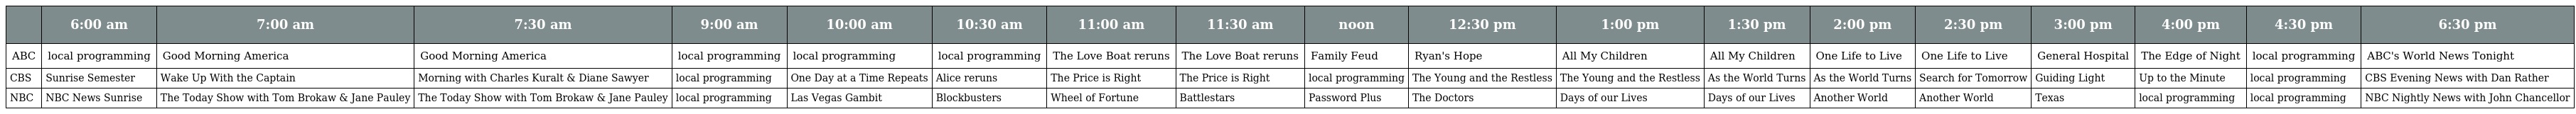
|  | 6:00 am | 7:00 am | 7:30 am | 9:00 am | 10:00 am | 10:30 am | 11:00 am | 11:30 am | noon | 12:30 pm | 1:00 pm | 1:30 pm | 2:00 pm | 2:30 pm | 3:00 pm | 4:00 pm | 4:30 pm | 6:30 pm |
 | --- | --- | --- | --- | --- | --- | --- | --- | --- | --- | --- | --- | --- | --- | --- | --- | --- | --- | --- |
 | ABC | local programming | Good Morning America | Good Morning America | local programming | local programming | local programming | The Love Boat reruns | The Love Boat reruns | Family Feud | Ryan's Hope | All My Children | All My Children | One Life to Live | One Life to Live | General Hospital | The Edge of Night | local programming | ABC's World News Tonight |
 | CBS | Sunrise Semester | Wake Up With the Captain | Morning with Charles Kuralt & Diane Sawyer | local programming | One Day at a Time Repeats | Alice reruns | The Price is Right | The Price is Right | local programming | The Young and the Restless | The Young and the Restless | As the World Turns | As the World Turns | Search for Tomorrow | Guiding Light | Up to the Minute | local programming | CBS Evening News with Dan Rather |
 | NBC | NBC News Sunrise | The Today Show with Tom Brokaw & Jane Pauley | The Today Show with Tom Brokaw & Jane Pauley | local programming | Las Vegas Gambit | Blockbusters | Wheel of Fortune | Battlestars | Password Plus | The Doctors | Days of our Lives | Days of our Lives | Another World | Another World | Texas | local programming | local programming | NBC Nightly News with John Chancellor |